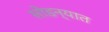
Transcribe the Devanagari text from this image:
सोडन्यात